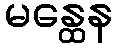
မန္ထေန